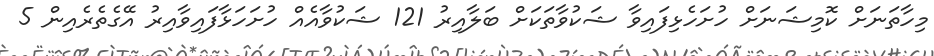
މިހާތަނަށް ކޮމިޝަނަށް ހުށަހެޅިފައިވާ ޝަކުވާތަކަށް ބަލާއިރު 121 ޝަކުވާއެއް ހުށަހަޅާފައިވާއިރު އޭގެތެރެއިން 5